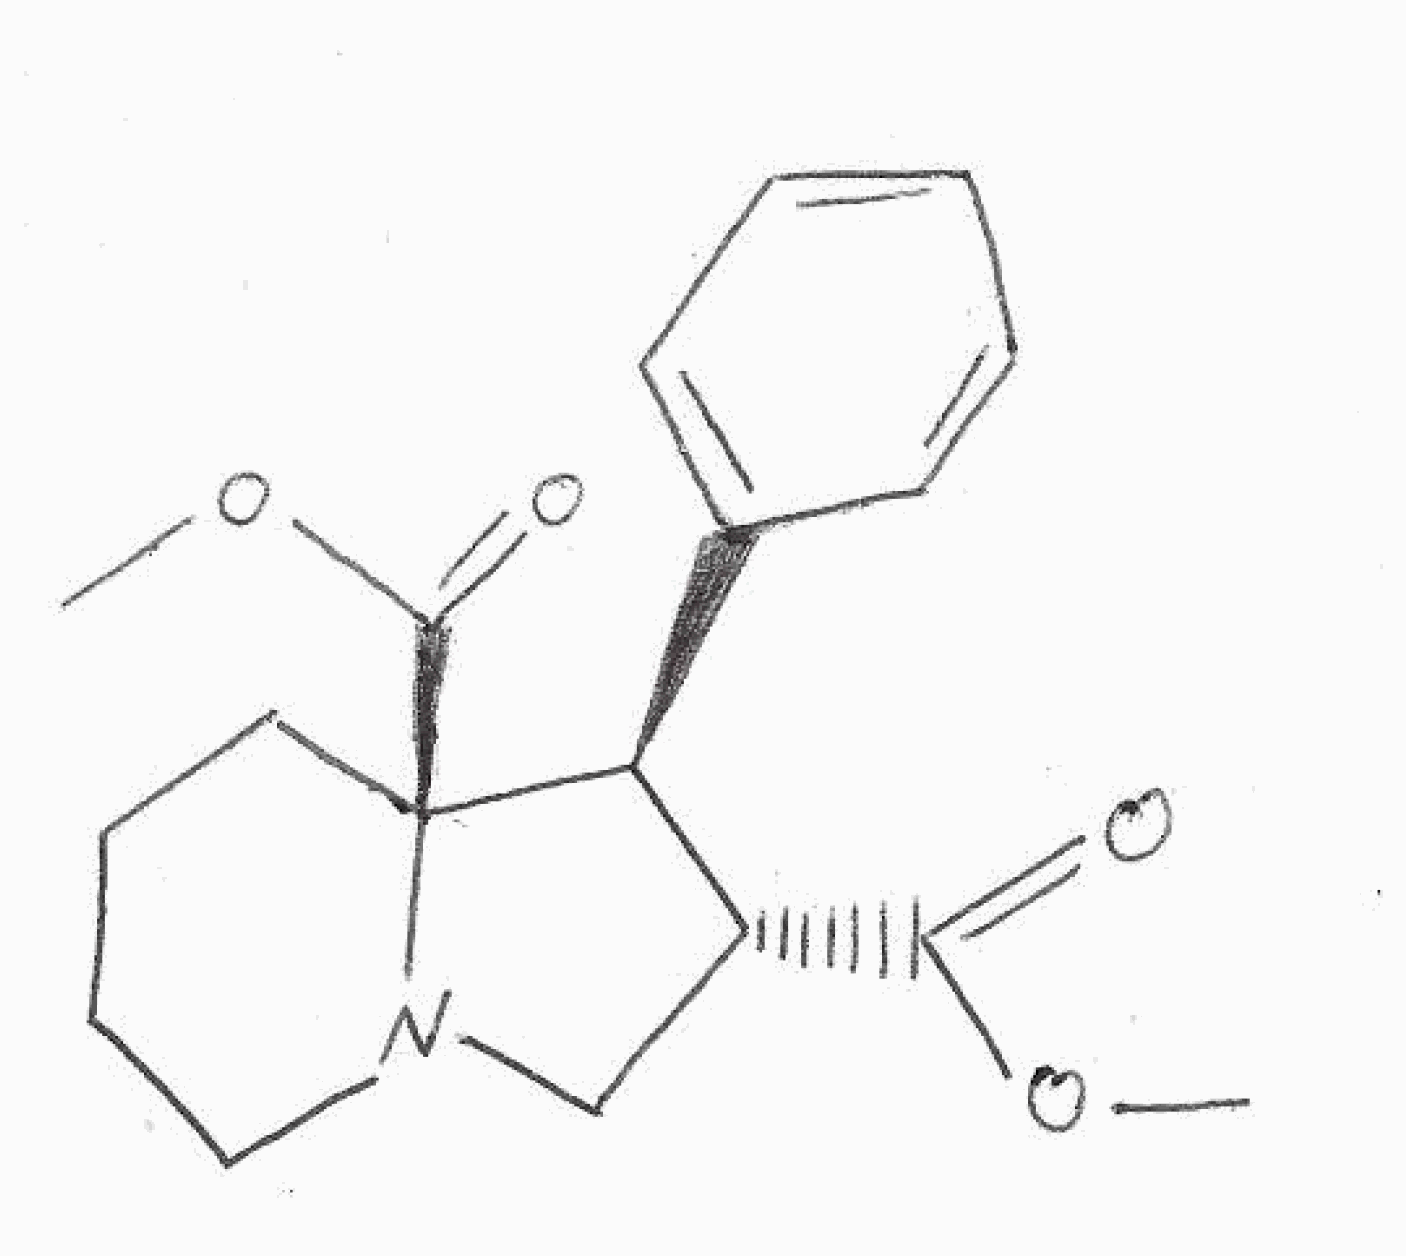
Simplified molecular-input line-entry system (SMILES) notation of the given molecule:
COC(=O)[C@@H]1CN2CCCC[C@@]2([C@H]1C3=CC=CC=C3)C(=O)OC